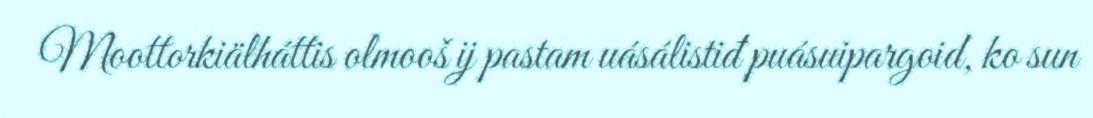
Moottorkiälháttis olmooš ij pastam uásálistiđ puásuipargoid, ko sun